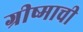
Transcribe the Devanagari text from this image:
ग्रीष्माची